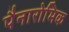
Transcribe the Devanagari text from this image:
पैनारोमिक